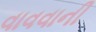
વાવવાની